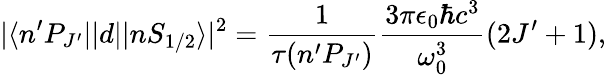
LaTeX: |\langle n^{\prime}P_{J^{\prime}}||d||nS_{1/2}\rangle|^{2}=\frac{1}{\tau(n^{\prime}P_{J^{\prime}})}\frac{3\pi\epsilon_{0}\hbar c^{3}}{\omega_{0}^{3}}(2J^{\prime}+1),